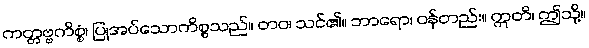
ကတ္တဗ္ဗကိစ္စံ၊ ပြုအပ်သောကိစ္စသည်။ တဝ၊ သင်၏။ ဘာရော၊ ဝန်တည်း။ ဣတိ၊ ဤသို့။